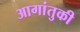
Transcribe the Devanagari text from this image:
आगांतुकी